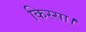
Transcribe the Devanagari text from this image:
किस्सा।